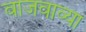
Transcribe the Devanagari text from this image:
वाजवाव्या